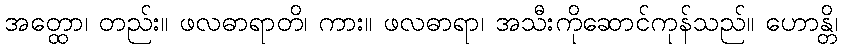
အတ္ထော၊ တည်း။ ဖလဓာရာတိ၊ ကား။ ဖလဓာရာ၊ အသီးကိုဆောင်ကုန်သည်။ ဟောန္တိ၊